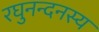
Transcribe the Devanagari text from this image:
रघुनन्दनस्य